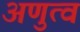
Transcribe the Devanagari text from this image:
अणुत्व